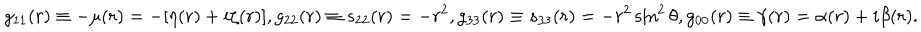
g _ { 1 1 } ( r ) \equiv - \mu ( r ) = - [ \eta ( r ) + i \zeta ( r ) ] , g _ { 2 2 } ( r ) \equiv s _ { 2 2 } ( r ) = - r ^ { 2 } , g _ { 3 3 } ( r ) \equiv s _ { 3 3 } ( r ) = - r ^ { 2 } \sin ^ { 2 } \theta , g _ { 0 0 } ( r ) \equiv \gamma ( r ) = \alpha ( r ) + i \beta ( r ) .